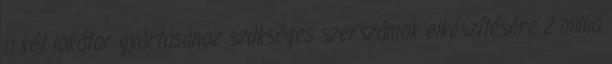
a két lokátor gyártásához szükséges szerszámok elkészítésére 2 millió